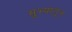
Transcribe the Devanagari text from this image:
सुभ्यांतून